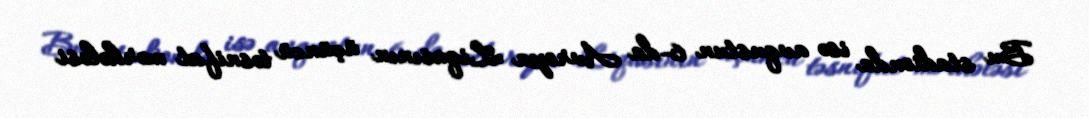
Bu stadionda isə avqustun 6-da Avropa Liqasının üçüncü təsnifat mərhələsi